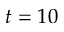
t = 1 0